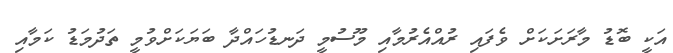
އަކީ ބޮޑު މާރަށަކަށް ވެފައި ރުއްއެރުމާއި މޫސުމީ ދަނޑުހައްދާ ބަޔަކަށްވުމީ ތަދުމަޑު ކަމާއި